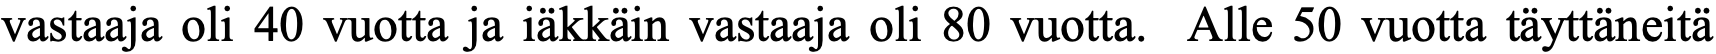
vastaaja oli 40 vuotta ja iäkkäin vastaaja oli 80 vuotta. Alle 50 vuotta täyttäneitä